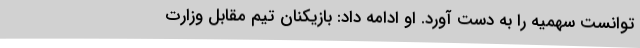
توانست سهمیه را به دست آورد. او ادامه داد: بازیکنان تیم مقابل وزارت